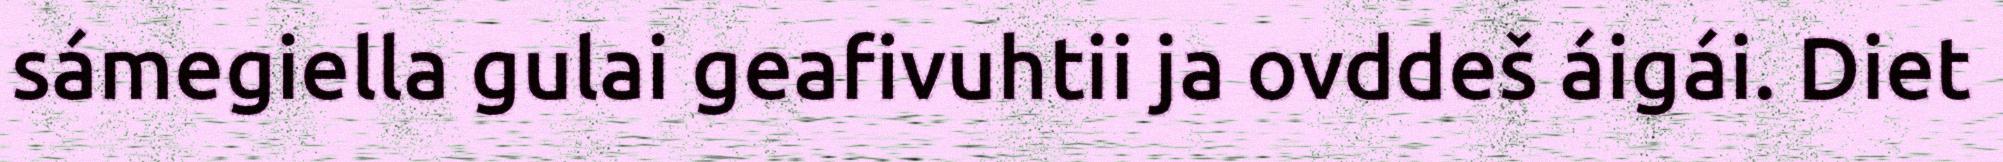
sámegiella gulai geafivuhtii ja ovddeš áigái. Diet